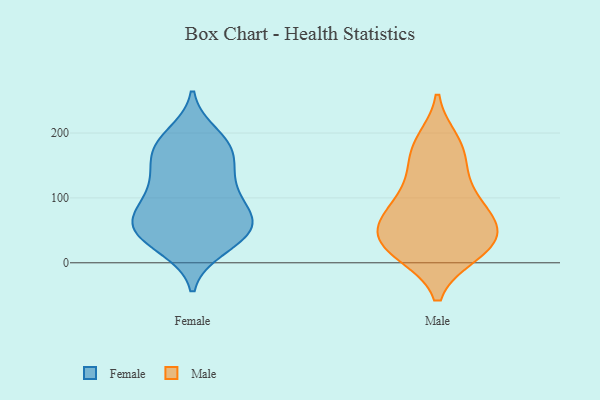
{"axis": {"x": "Satisfaction Score", "y": "Value"}, "legend": ["Female", "Male"], "data": [{"x": "", "y": 186, "type": "Female"}, {"x": "", "y": 169, "type": "Female"}, {"x": "", "y": 23, "type": "Female"}, {"x": "", "y": 147, "type": "Female"}, {"x": "", "y": 127, "type": "Female"}, {"x": "", "y": 61, "type": "Female"}, {"x": "", "y": 91, "type": "Female"}, {"x": "", "y": 51, "type": "Female"}, {"x": "", "y": 27, "type": "Female"}, {"x": "", "y": 180, "type": "Female"}, {"x": "", "y": 197, "type": "Female"}, {"x": "", "y": 66, "type": "Female"}, {"x": "", "y": 47, "type": "Female"}, {"x": "", "y": 173, "type": "Female"}, {"x": "", "y": 128, "type": "Female"}, {"x": "", "y": 39, "type": "Female"}, {"x": "", "y": 111, "type": "Female"}, {"x": "", "y": 84, "type": "Female"}, {"x": "", "y": 72, "type": "Female"}, {"x": "", "y": 58, "type": "Female"}, {"x": "", "y": 40, "type": "Male"}, {"x": "", "y": 30, "type": "Male"}, {"x": "", "y": 70, "type": "Male"}, {"x": "", "y": 107, "type": "Male"}, {"x": "", "y": 72, "type": "Male"}, {"x": "", "y": 186, "type": "Male"}, {"x": "", "y": 179, "type": "Male"}, {"x": "", "y": 163, "type": "Male"}, {"x": "", "y": 130, "type": "Male"}, {"x": "", "y": 55, "type": "Male"}, {"x": "", "y": 15, "type": "Male"}, {"x": "", "y": 16, "type": "Male"}, {"x": "", "y": 19, "type": "Male"}, {"x": "", "y": 89, "type": "Male"}, {"x": "", "y": 49, "type": "Male"}]}